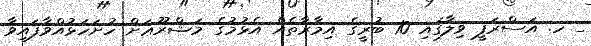
_ ހ. އަސްރަފީީ ވިލާގައި 10 ބުރީގެ އިމާރާތެއް އެޅުމުގެ މަޝްރޫޢަށް ހުށަހަޅުއްވާފައިވާ